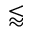
\lessapprox